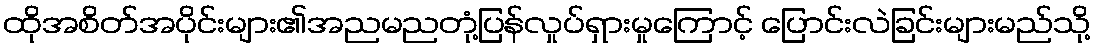
ထိုအစိတ်အပိုင်းများ၏အညမညတုံ့ပြန်လှုပ်ရှားမှုကြောင့် ပြောင်းလဲခြင်းများမည်သို့